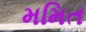
મમિત